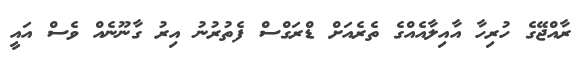
ރާއްޖޭގެ ހުރިހާ އާއިލާއެއްގެ ތެރެއަށް ޑްރަގްސް ފެތުރުނު އިރު ގާނޫނެއް ވެސް އައީ